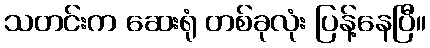
သတင်းက ဆေးရုံ တစ်ခုလုံး ပြန့်နေပြီ။